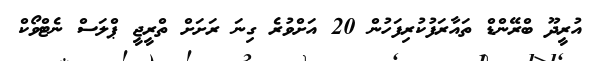
އުރީދޫ ބްރޭންޑް ތައާރަފުކުރިފަހުން 20 އަށްވުރެ ގިނަ ރަށަށް ތްރީޖީ ޕްލަސް ނެޓްވޯކް